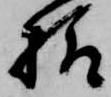
様